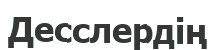
Десслердің